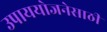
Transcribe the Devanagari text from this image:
उपाययोजनेसाठी